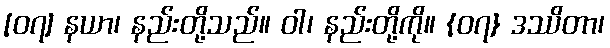
[၀၇] နယာ၊ နည်းတို့သည်။ ဝါ၊ နည်းတို့ကို။ {၀၇} ဒဿိတာ၊